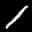
Label: 1